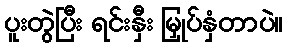
ပူးတွဲပြီး ရင်းနှီး မြှုပ်နှံတာပဲ။